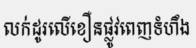
លក់ដូរលើខឿនផ្លូវពេញទំហឹង